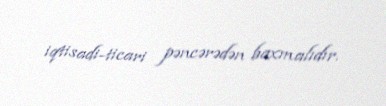
iqtisadi-ticari pəncərədən baxmalıdır.